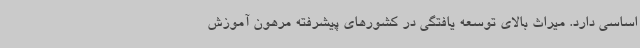
اساسی دارد. میراث بالای توسعه یافتگی در کشورهای پیشرفته مرهون آموزش